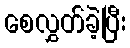
စေလွှတ်ခဲ့ပြီး